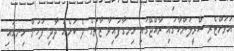
އަވަށްޓެރި ސްރީލަންކާގައި ރާއްޖޭގައި ހިނގާފައިވާ ޒާތުގެ ދެ ކަމެއް ދާދި ފަހުން ހިނގައި